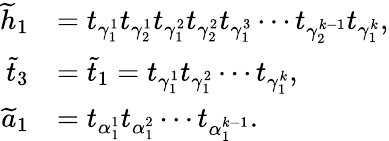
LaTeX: \begin{array}{rl}{\widetilde{h}_{1}}&{=t_{\gamma_{1}^{1}}t_{\gamma_{2}^{1}}t_{\gamma_{1}^{2}}t_{\gamma_{2}^{2}}t_{\gamma_{1}^{3}}\cdots t_{\gamma_{2}^{k-1}}t_{\gamma_{1}^{k}},}\\ {\widetilde{t}_{3}}&{=\widetilde{t}_{1}=t_{\gamma_{1}^{1}}t_{\gamma_{1}^{2}}\cdots t_{\gamma_{1}^{k}},}\\ {\widetilde{a}_{1}}&{=t_{\alpha_{1}^{1}}t_{\alpha_{1}^{2}}\cdots t_{\alpha_{1}^{k-1}}.}\end{array}